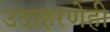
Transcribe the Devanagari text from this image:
उदाहरणेही